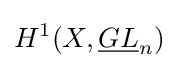
H^{1}(X,{\underline {GL}}_{n})